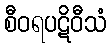
စီဝရပဋိဝီသံ